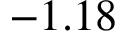
- 1 . 1 8